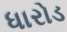
ધારોડ